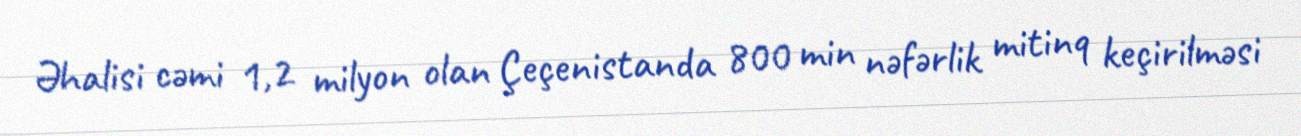
Əhalisi cəmi 1,2 milyon olan Çeçenistanda 800 min nəfərlik mitinq keçirilməsi